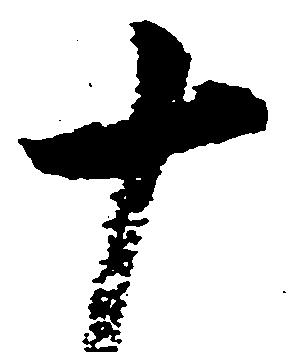
十